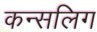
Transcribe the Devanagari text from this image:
कन्सलिग